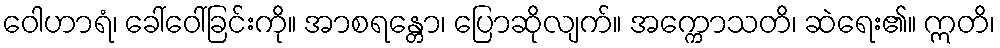
ဝေါဟာရံ၊ ခေါ်ဝေါ်ခြင်းကို။ အာစရန္တော၊ ပြောဆိုလျက်။ အက္ကောသတိ၊ ဆဲရေး၏။ ဣတိ၊